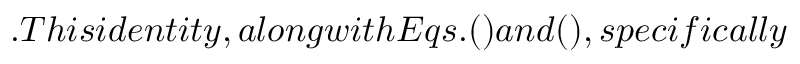
. T h i s i d e n t i t y , a l o n g w i t h E q s . ( ) a n d ( ) , s p e c i f i c a l l y